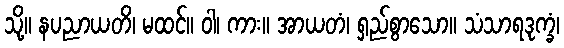
သို့။ နပညာယတိ၊ မထင်။ ဝါ၊ ကား။ အာယတံ၊ ရှည်စွာသော။ သံသာရဒုက္ခံ၊